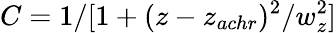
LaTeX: C=1/[1+(z-z_{achr})^{2}/w_{z}^{2}]